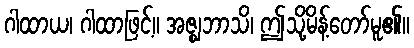
ဂါထာယ၊ ဂါထာဖြင့်။ အဇ္ဈဘာသိ၊ ဤသို့မိန့်တော်မူ၏။